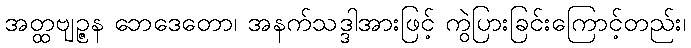
အတ္ထဗျဉ္ဇန ဘေဒေတော၊ အနက်သဒ္ဒါအားဖြင့် ကွဲပြားခြင်းကြောင့်တည်း၊